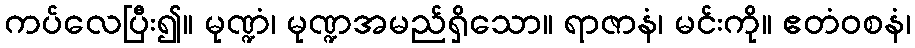
ကပ်လေပြီး၍။ မုဏ္ဍံ၊ မုဏ္ဍအမည်ရှိသော။ ရာဇာနံ၊ မင်းကို။ ဧတံဝစနံ၊